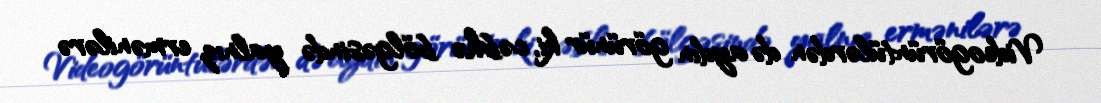
Videogörüntülərdən də aydın görünür ki, cəbhə bölgəsində yalnız ermənilərə